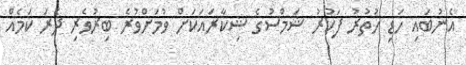
އެނުބައި ހަޑި ހުތުރު ފަކުރު ޝަމްސުގެ ޝިކާރައަކަށް ވުމަށްވުރެ ބިރުވެރި ދެރަ ކަމެއް